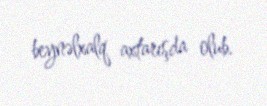
beynəlxalq axtarışda olub.